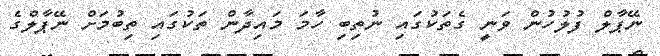
ނޭޕާލް ފުލުހުން ވަނީ ގެތަކުގައި ނުތިބި ހާމަ މައިދާން ތަކުގައި ތިބުމަށް ނޭޕާލްގެ